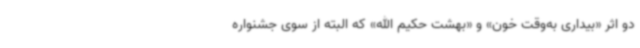
دو اثر «بیداری به‌وقت خون» و «بهشت حکیم الله» که البته از سوی جشنواره